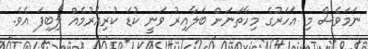
ނަމަވެސް މި އަހަރުގެ މިހާތަނަށް ބަލާއިރު ވަނީ ކުޑަ ކުރިއެރުމެއް ލިބިފަ އެވެ.